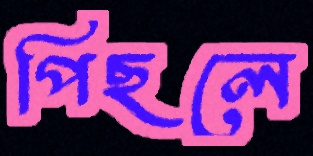
পিছলে